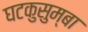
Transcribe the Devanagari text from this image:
घटकुसुम्बा